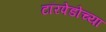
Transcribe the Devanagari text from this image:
टॉरपेडोच्या